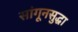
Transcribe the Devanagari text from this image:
सांगूनसुद्धा